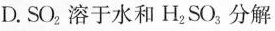
D.SO_{2}溶于水和H_{2}SO_{3}分解